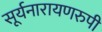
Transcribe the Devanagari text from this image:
सूर्यनारायणरुपी